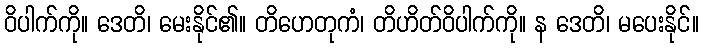
ဝိပါက်ကို။ ဒေတိ၊ မေးနိုင်၏။ တိဟေတုကံ၊ တိဟိတ်ဝိပါက်ကို။ န ဒေတိ၊ မပေးနိုင်။